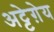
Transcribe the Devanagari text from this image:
अट्टेग़ेय